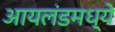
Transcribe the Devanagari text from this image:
आयलंडमध्ये